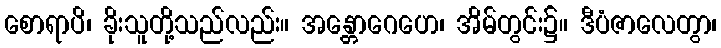
စောရာပိ၊ ခိုးသူတို့သည်လည်း။ အန္တောဂေဟေ၊ အိမ်တွင်း၌။ ဒီပံဇာလေတွာ၊